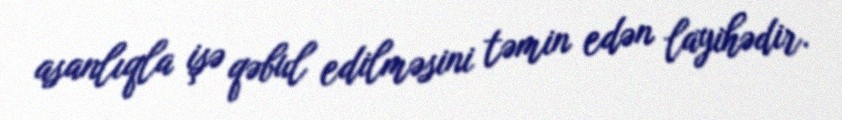
asanlıqla işə qəbul edilməsini təmin edən layihədir.